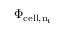
\Phi _ { \mathrm { c e l l , n _ { t } } }